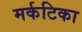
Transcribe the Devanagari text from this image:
मर्कटिका